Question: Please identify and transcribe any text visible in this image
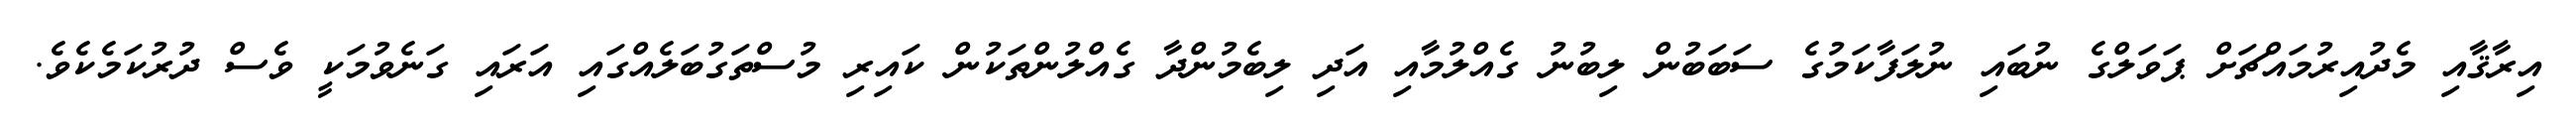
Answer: އިރާޤާއި މެދުއިރުމައްޗަށް ޕަވަލްގެ ނުބައި ނުލަފާކަމުގެ ސަބަބުން ލިބުނު ގެއްލުމާއި އަދި ލިބެމުންދާ ގެއްލުންތަކުން ކައިރި މުސްތަގުބަލެއްގައި އަރައި ގަނެވުމަކީ ވެސް ދުރުކަމެކެވެ.